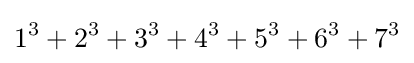
1^{3}+2^{3}+3^{3}+4^{3}+5^{3}+6^{3}+7^{3}